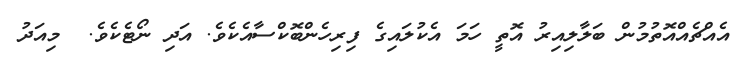
އެއްޗެއްއޮތުމުން ބަލާލިއިރު އޮތީ ހަމަ އެކުލައިގެ ފިރިހެންބޮކްސާއެކެވެ. އަދި ނޯޓެކެވެ.  މިއަދު